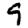
Digit: 9